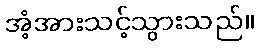
အံ့အားသင့်သွားသည်။